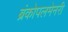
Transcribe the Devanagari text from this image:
ब्रंकोपलमेनरी